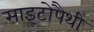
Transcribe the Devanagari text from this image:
साइटोपैथी